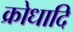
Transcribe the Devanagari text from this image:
क्रोधादि